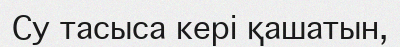
Су тасыса кері қашатын,